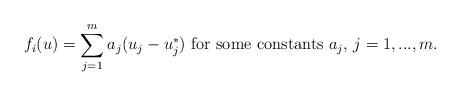
LaTeX: \begin{align*}f_i(u)=\sum_{j=1}^m a_j (u_j-u_j^*) \mbox{ for some constants $a_j$, $j=1,..., m$}.\end{align*}